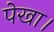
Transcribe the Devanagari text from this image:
पेखा।